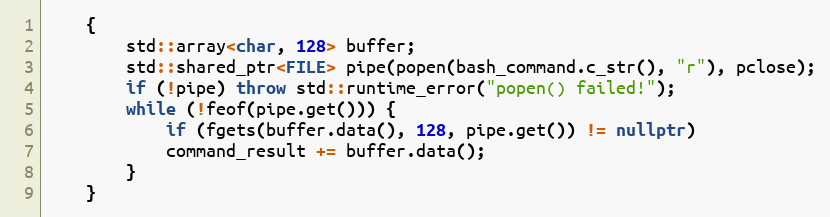
Language: C++
    {
	    std::array<char, 128> buffer;
	    std::shared_ptr<FILE> pipe(popen(bash_command.c_str(), "r"), pclose);
	    if (!pipe) throw std::runtime_error("popen() failed!");
	    while (!feof(pipe.get())) {
	        if (fgets(buffer.data(), 128, pipe.get()) != nullptr)
	        command_result += buffer.data();
	    }
	}